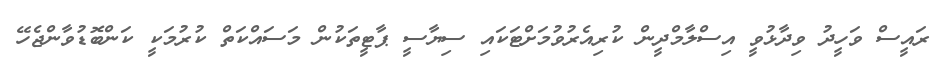
ރައީސް ވަހީދު ވިދާޅުވީ އިސްލާމްދީން ކުރިއެރުވުމަށްޓަކައި ސިޔާސީ ޕާޓީތަކުން މަސައްކަތް ކުރުމަކީ ކަންބޮޑުވާންޖެހޭ